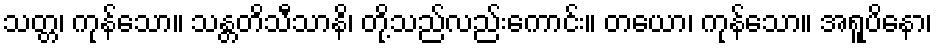
သတ္တ၊ ကုန်သော။ သန္တတိသီသာနိ၊ တို့သည်လည်းကောင်း။ တယော၊ ကုန်သော။ အရူပိနော၊